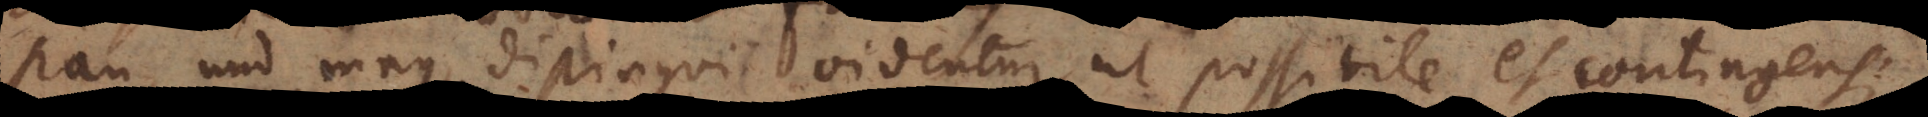
Kan, und mag, distingui videntur ut possibile et contingens;